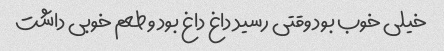
خیلی خوب بود وقتی رسید داغ داغ بود و طعم خوبی داشت